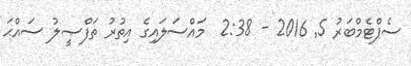
ސެޕްޓެމްބަރު 5